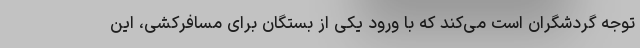
توجه گردشگران است می‌کند که با ورود یکی از بستگان برای مسافرکشی، این